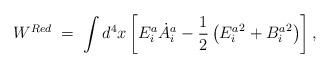
LaTeX: \begin{align*}W^{Red}\; =\; \int d^4x \left[ E^a_i{\dot{A}}^a_i-\frac{1}{2} \left( {E^{a}_{i}}^2 + {B^{a}_{i}}^2\right)\right],\end{align*}